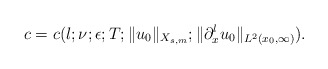
\begin{align*} c = c(l; \nu; \epsilon; T; \|u_0\|_{X_{s,m}}; \|\partial_x^lu_0\|_{L^2(x_0,\infty)}).\end{align*}